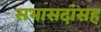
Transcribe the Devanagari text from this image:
सभासदांसह